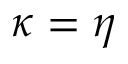
\kappa = \eta